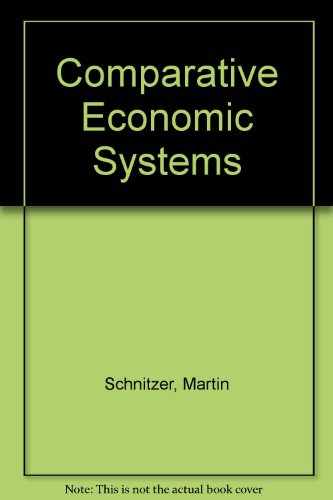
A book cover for Comparative Economic Systems; Martin Schnitzer; Business & Money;